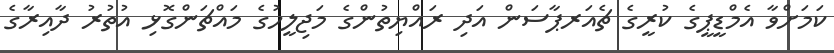
ކަމަށްވާ އެމްޑީޕީގެ ކުރީގެ ޗެއަރޕާސަން އަދި ރައްޔިތުންގެ މަޖިލީހުގެ މައްޗަންގޮޅި އުތުރު ދާއިރާގެ